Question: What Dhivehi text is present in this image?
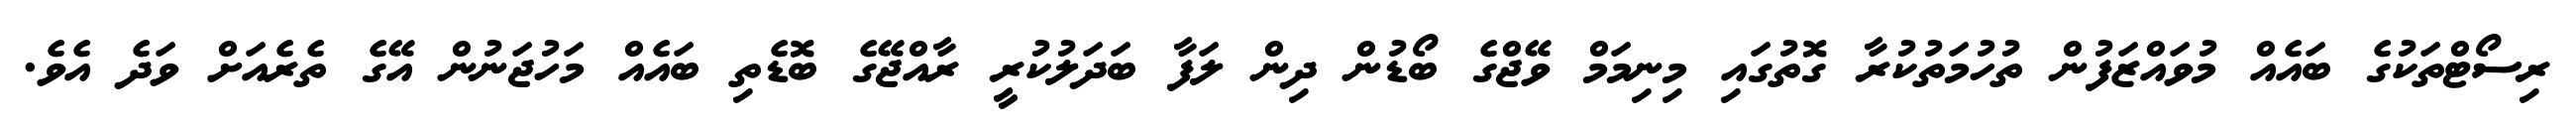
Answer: ރިސޯޓްތަކުގެ ބައެއް މުވައްޒަފުން ތުހުމަތުކުރާ ގޮތުގައި މިނިމަމް ވޭޖްގެ ބޯޑުން ދިން ލަފާ ބަދަލުކުރީ ރާއްޖޭގެ ބޮޑެތި ބައެއް މަހުޖަނުން އޭގެ ތެރެއަށް ވަދެ އެވެ.